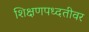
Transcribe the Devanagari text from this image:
शिक्षणपध्दतीवर